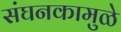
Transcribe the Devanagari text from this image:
संघनकामुळे